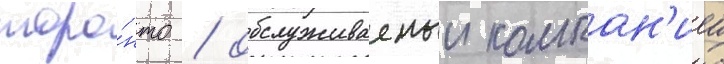
торо́нто / обслуживаемыи компан'иеи